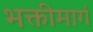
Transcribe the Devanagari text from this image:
भक्तीमार्ग